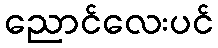
ညောင်လေးပင်